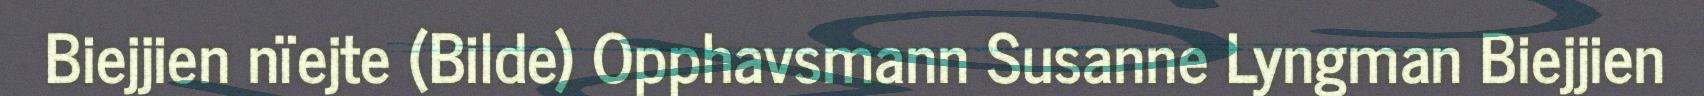
Biejjien nïejte (Bilde) Opphavsmann Susanne Lyngman Biejjien